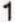
1